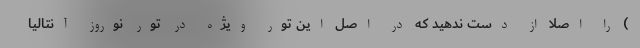
) را اصلا از دست ندهید که در اصل این تور ویژه در تور نوروز آنتالیا